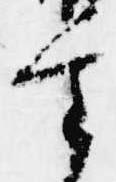
審